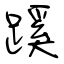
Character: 蹊